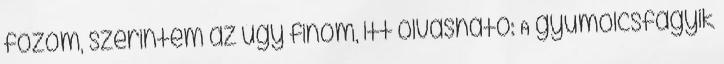
főzöm, szerintem az úgy finom, itt olvasható: A gyümölcsfagyik